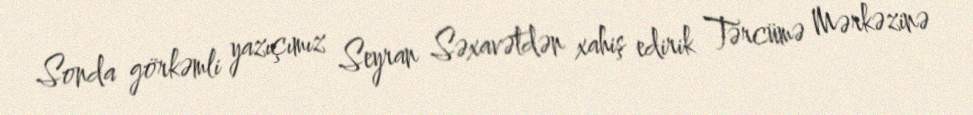
Sonda görkəmli yazıçımız Seyran Səxavətdən xahiş edirik Tərcümə Mərkəzinə